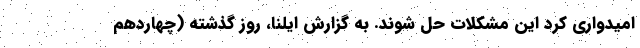
امیدواری کرد این مشکلات حل شوند. به گزارش ایلنا، روز گذشته (چهاردهم